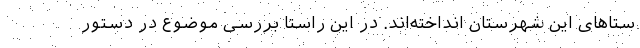
ستاهای این شهرستان انداخته‌اند. در این راستا بررسی موضوع در دستور